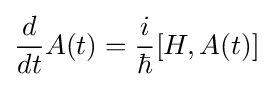
{\frac {d}{dt}}A(t)={\frac {i}{\hbar }}[H,A(t)]